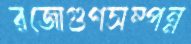
রজোগুণসম্পন্ন